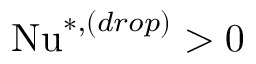
\mathrm { N u } ^ { * , ( d r o p ) } > 0